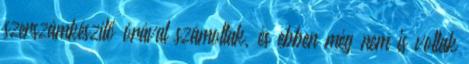
szerszámkészítő órával számoltak, és ebben még nem is voltak